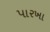
પારખા